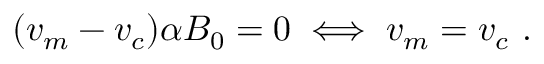
( v _ { m } - v _ { c } ) \alpha B _ { 0 } = 0 \iff v _ { m } = v _ { c } \ .